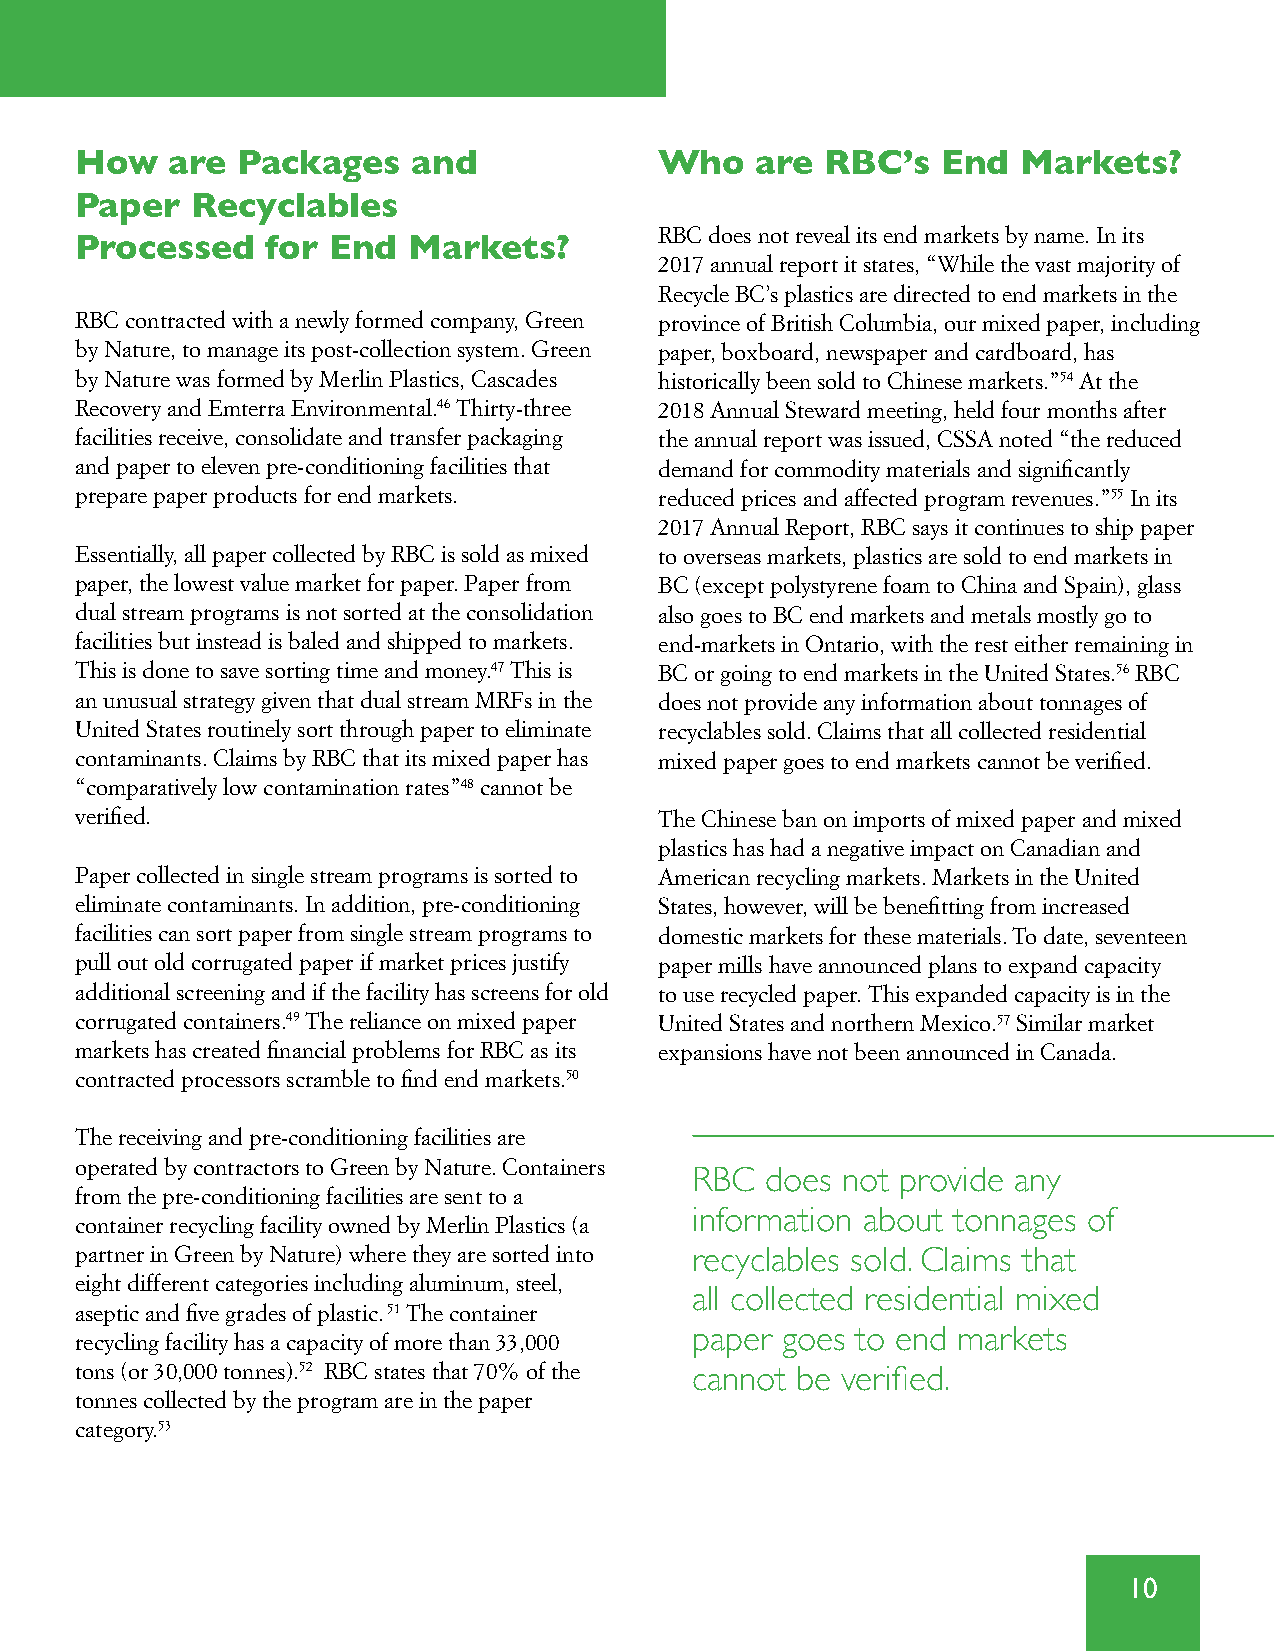
How   are  Packages   and              Who   are  RBC’s  End   Markets?
 Paper   Recyclables
 RBC does not reveal its end markets by name . In its
 Processed    for End  Markets?
 2017 annual report it states, “While the vast majority of
 Recycle BC’s plastics are directed to end markets in the
 RBC contracted with a newly formed company, Green province of British Columbia, our mixed paper, including
 by Nature, to manage its post-collection system . Green paper, boxboard, newspaper and cardboard, has
 by Nature was formed by Merlin Plastics, Cascades historically been sold to Chinese markets .”54 At the
 Recovery and Emterra Environmental .46 Thirty-three 2018 Annual Steward meeting, held four months after
 facilities receive, consolidate and transfer packaging the annual report was issued, CSSA noted “the reduced
 and paper to eleven pre-conditioning facilities that demand for commodity materials and significantly
 prepare paper products for end markets . reduced prices and affected program revenues .”55 In its
 2017 Annual Report, RBC says it continues to ship paper
 Essentially, all paper collected by RBC is sold as mixed to overseas markets, plastics are sold to end markets in
 paper, the lowest value market for paper . Paper from BC (except polystyrene foam to China and Spain), glass
 dual stream programs is not sorted at the consolidation also goes to BC end markets and metals mostly go to
 facilities but instead is baled and shipped to markets . end-markets in Ontario, with the rest either remaining in
 This is done to save sorting time and money .47 This is BC or going to end markets in the United States .56 RBC
 an unusual strategy given that dual stream MRFs in the does not provide any information about tonnages of
 United States routinely sort through paper to eliminate recyclables sold . Claims that all collected residential
 contaminants . Claims by RBC that its mixed paper has mixed paper goes to end markets cannot be verified .
 “comparatively low contamination rates”48 cannot be
 verified .                             The Chinese ban on imports of mixed paper and mixed
 plastics has had a negative impact on Canadian and
 Paper collected in single stream programs is sorted to American recycling markets . Markets in the United
 eliminate contaminants . In addition, pre-conditioning States, however, will be benefitting from increased
 facilities can sort paper from single stream programs to domestic markets for these materials . To date, seventeen
 pull out old corrugated paper if market prices justify paper mills have announced plans to expand capacity
 additional screening and if the facility has screens for old to use recycled paper . This expanded capacity is in the
 corrugated containers .49 The reliance on mixed paper United States and northern Mexico .57 Similar market
 markets has created financial problems for RBC as its expansions have not been announced in Canada .
 contracted processors scramble to find end markets .50
 The receiving and pre-conditioning facilities are
 operated by contractors to Green by Nature . Containers
 RBC  does not provide any
 from the pre-conditioning facilities are sent to a
 information about tonnages of
 container recycling facility owned by Merlin Plastics (a
 partner in Green by Nature) where they are sorted into recyclables sold. Claims that
 eight different categories including aluminum, steel,
 all collected residential mixed
 aseptic and five grades of plastic . 51 The container
 recycling facility has a capacity of more than 33,000 paper goes to end markets
 tons (or 30,000 tonnes) .52 RBC states that 70% of the cannot be verified.
 tonnes collected by the program are in the paper
 category .53
 10